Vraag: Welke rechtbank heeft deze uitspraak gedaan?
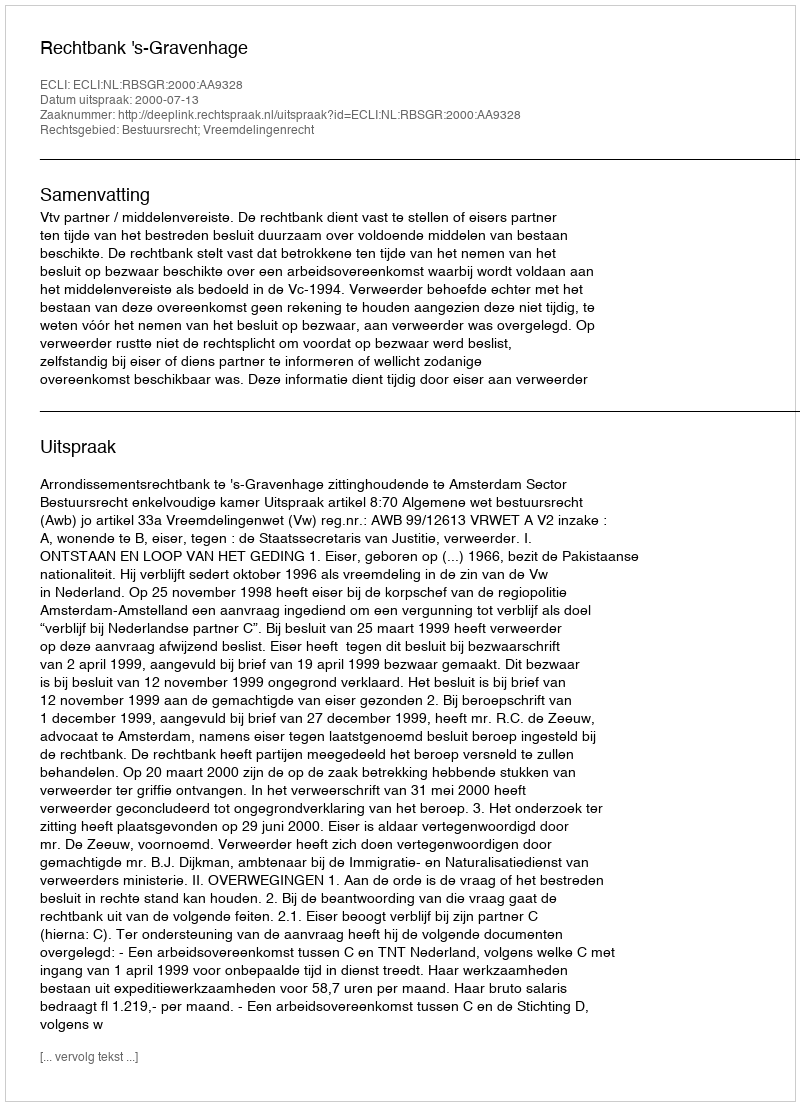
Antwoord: Rechtbank 's-Gravenhage